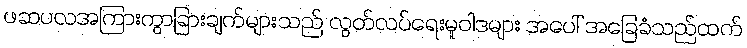
ဖဆပလအကြားကွာခြားချက်များသည် လွတ်လပ်ရေးမူဝါဒများ အပေါ် အခြေခံသည်ထက်